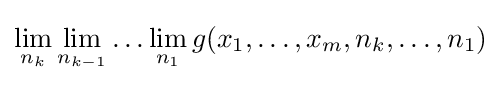
\lim _{n_{k}}\lim _{n_{k-1}}\ldots \lim _{n_{1}}g(x_{1},\ldots ,x_{m},n_{k},\ldots ,n_{1})